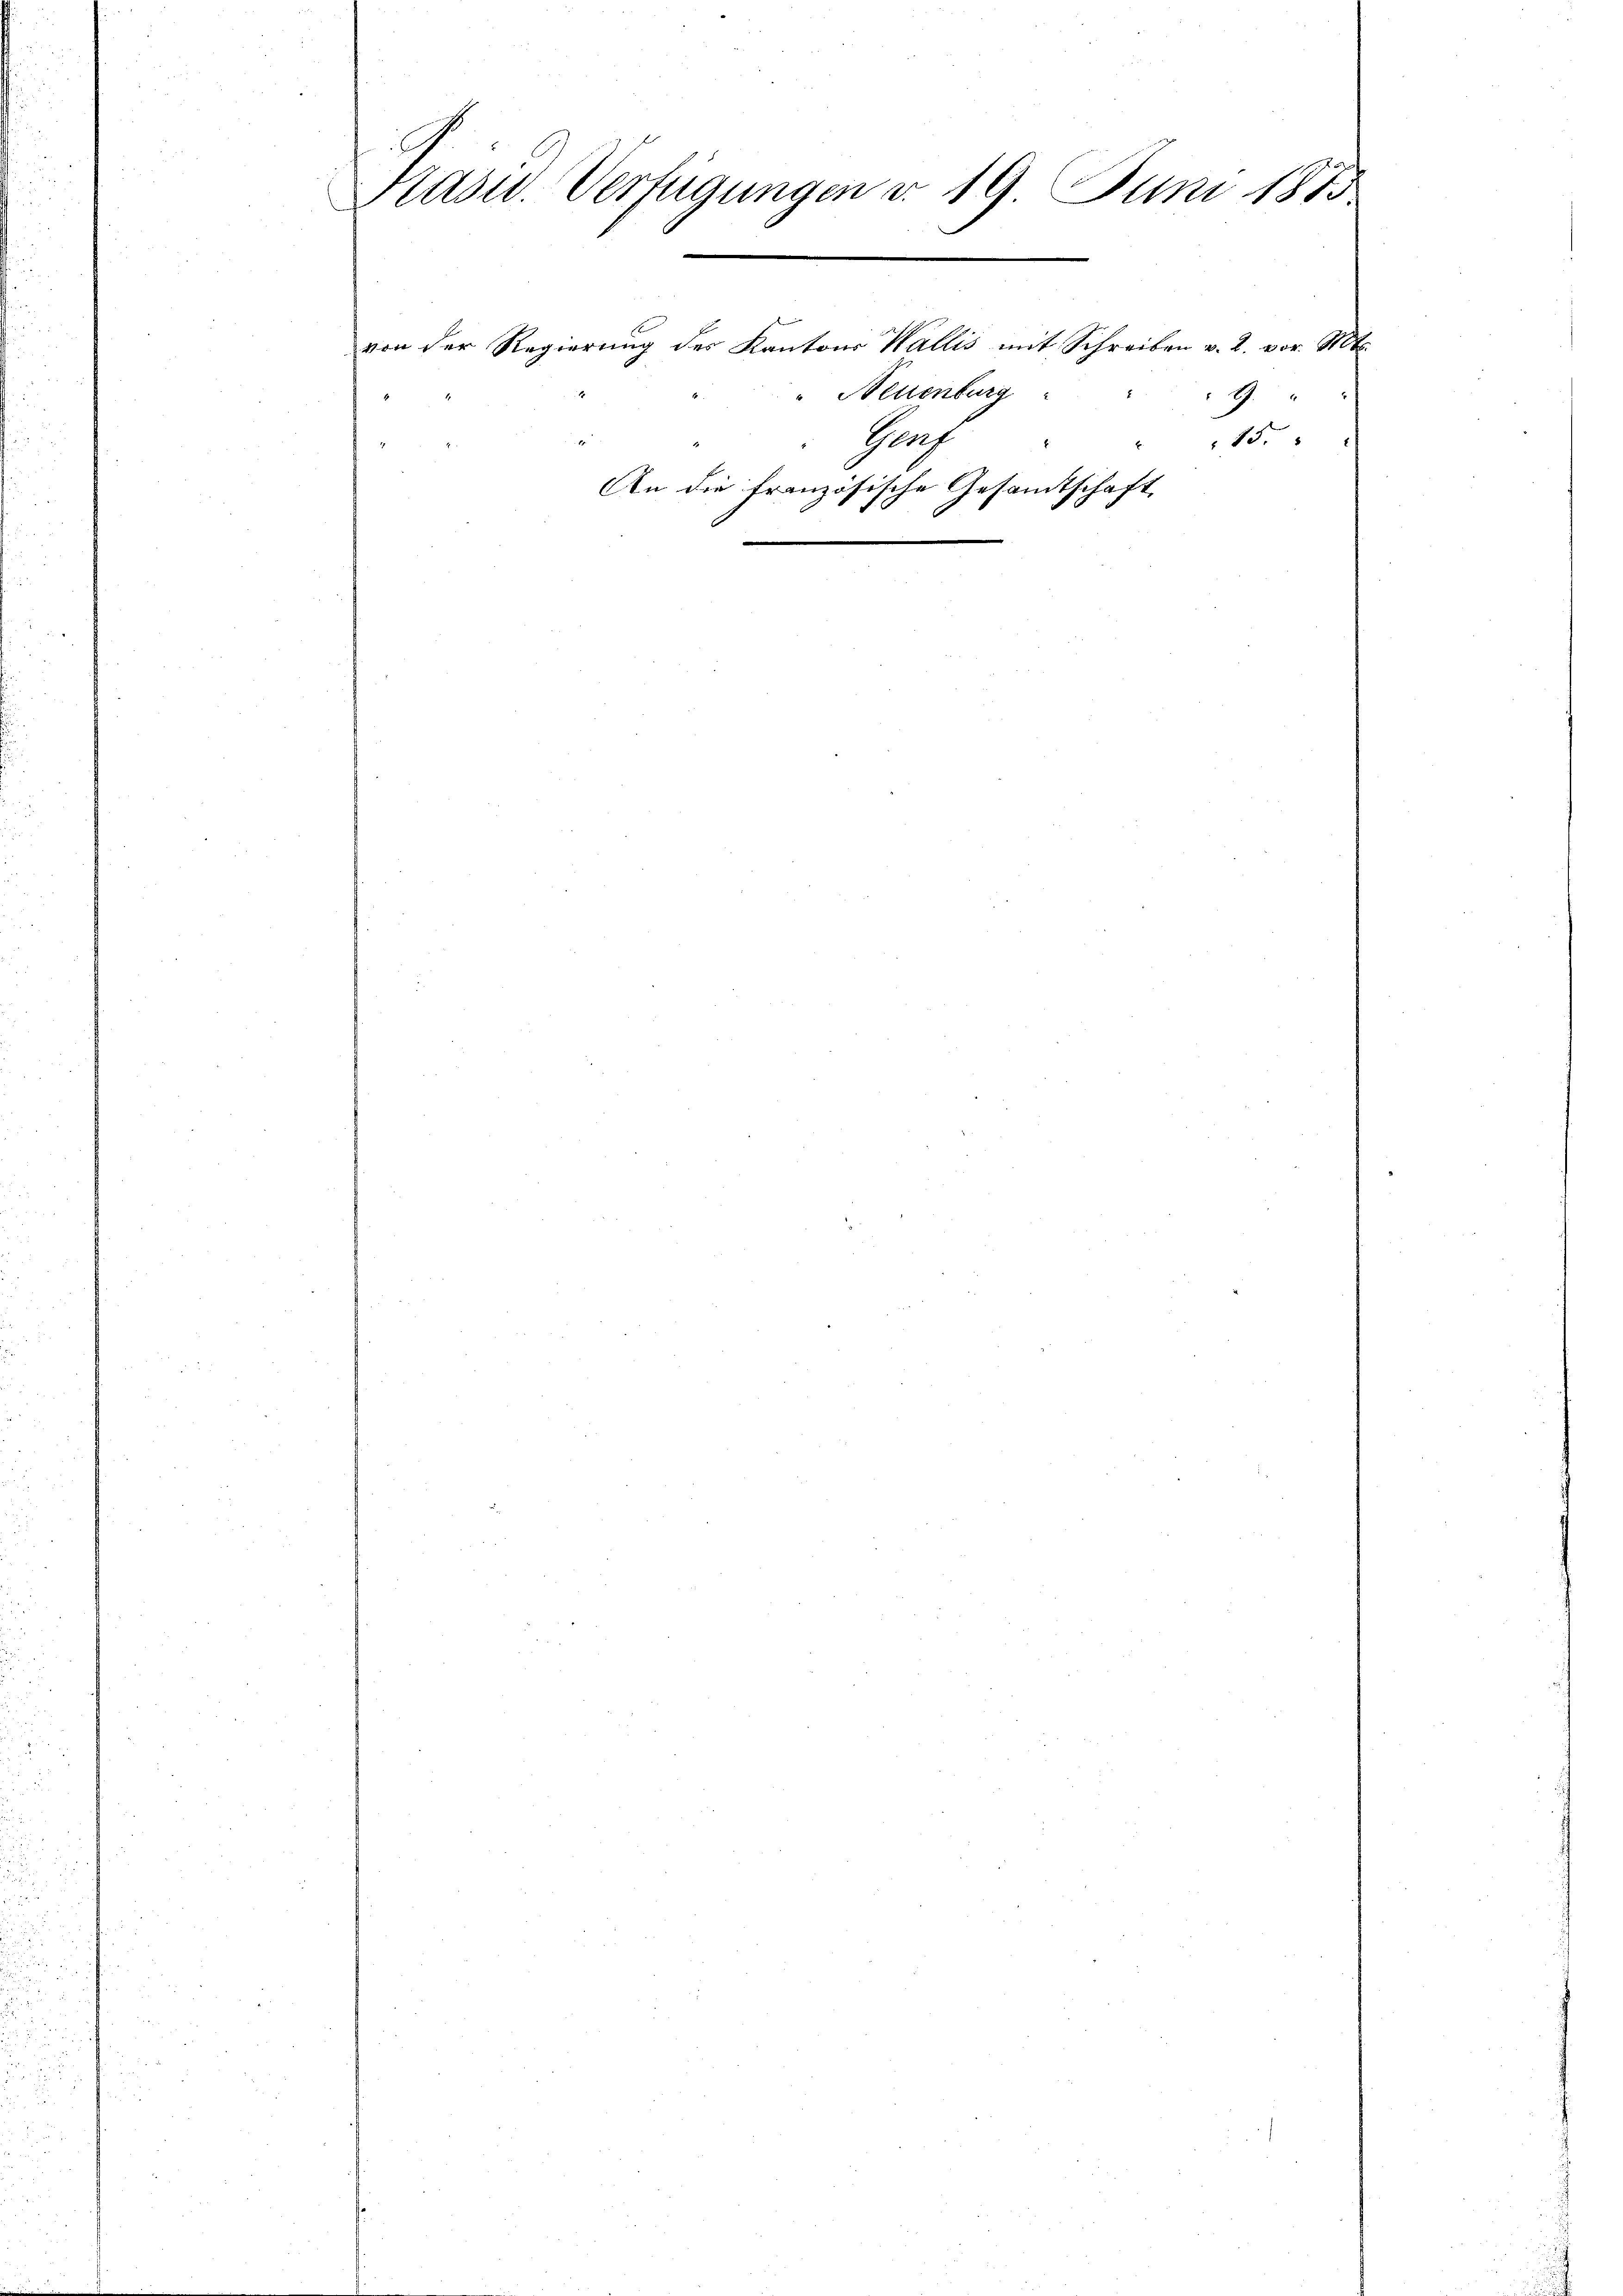
6
Präsid. Verfügungen d. 19 Juni 1873
von der Regierung des Kantons Wallis mit Schreiben v. 2. vor. Mts.
" Neuenburg
2
15.
3
Groch
An die französische Gesamtschaft